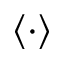
\langle \cdot \rangle